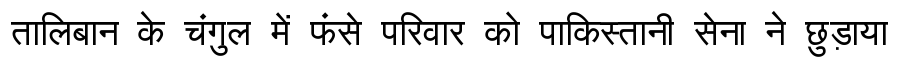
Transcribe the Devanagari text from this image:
तालिबान के चंगुल में फंसे परिवार को पाकिस्तानी सेना ने छुड़ाया